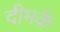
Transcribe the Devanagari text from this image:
दीमकें